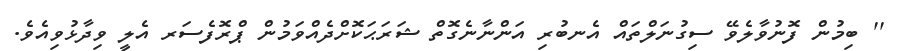
'' ބިމުން ފޮނުވާލެވޭ ސިގުނަލްތައް އެނބުރި އަންނާނެގޮތް ޝަރަޙަކޮށްދެއްވަމުން ޕްރޮފެސަރ އެލީ ވިދާޅުވިއެވެ.